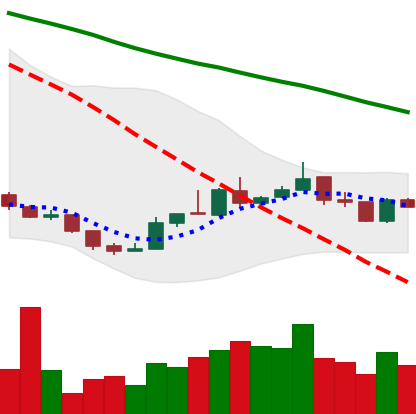
Ticker: XLM-USD
Chart end date: 2018-12-29
Forward return: -3.568%
Label: down_3_5